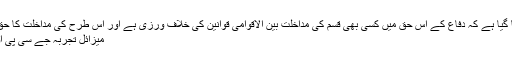
وزارت خارجہ کے بیان میں کہا گیا ہے کہ دفاع کے اس حق میں کسی بھی قسم کی مداخلت بین الاقوامی قوانین کی خلاف ورزی ہے اور اس طرح کی مداخلت کا حق کسی بھی ملک یا ادارے ک ...
میزائل تجربہ جے سی پی او اے کی خلاف ورزی نہيں ہے۔